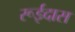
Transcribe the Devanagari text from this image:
रूईदास